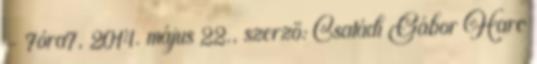
- 7óra7, 2014. május 22., szerző: Csatádi Gábor Harc